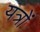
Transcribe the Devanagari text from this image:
यत्रों